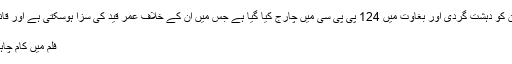
ان کا کہنا تھا کہ ‘بغاوت کی سزا عمر قید ہے، ان کو دہشت گردی اور بغاوت میں 124 پی پی سی میں چارج کیا گیا ہے جس میں ان کے خلاف عمر قید کی سزا ہوسکتی ہے اور قانون کے مطابق جو سزا ہوگی انہیں دی جائے گی
املاک تباہبغاوتخادم رضویدرجدہشت گردیمقدمہ
فلم میں کام چاہئیے تو……… مجھے شرمناک الفاظ سننا پڑے